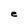
Character: e